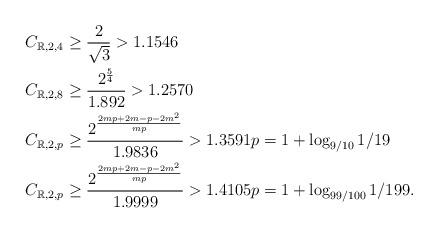
LaTeX: \begin{align*}C_{\mathbb{R},2,4}& \geq \frac{2}{\sqrt{3}}>1.1546 \\C_{\mathbb{R},2,8}& \geq \frac{2^{\frac{5}{4}}}{1.892}>1.2570 \\C_{\mathbb{R},2,p}& \geq \frac{2^{\frac{2mp+2m-p-2m^{2}}{mp}}}{1.9836}>1.3591p=1+\log _{9/10}1/19 \\C_{\mathbb{R},2,p}& \geq \frac{2^{\frac{2mp+2m-p-2m^{2}}{mp}}}{1.9999}>1.4105p=1+\log _{99/100}1/199.\end{align*}